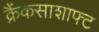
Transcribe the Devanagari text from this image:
क्रैंकसाशाफ्ट